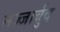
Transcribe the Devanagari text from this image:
मज्जार्बुद